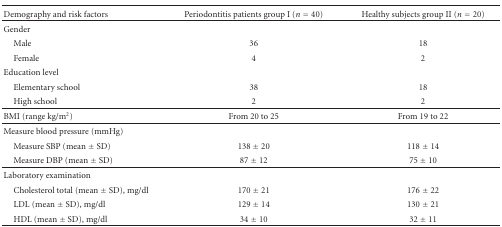
| Demography and risk factors | Periodontitis patients group I (n = 40) | Healthy subjects group II (n = 20) |
 | --- | --- | --- |
 | Gender |  |  |
 | Male | 36 | 18 |
 | Female | 4 | 2 |
 | Education level |  |  |
 | Elementary school | 38 | 18 |
 | High school | 2 | 2 |
 | BMI (range kg/m2) | From 20 to 25 | From 19 to 22 |
 | Measure blood pressure (mmHg) |  |  |
 | Measure SBP (mean ± SD) | 138 ± 20 | 118 ± 14 |
 | Measure DBP (mean ± SD) | 87 ± 12 | 75 ± 10 |
 | Laboratory examination |  |  |
 | Cholesterol total (mean ± SD), mg/dl | 170 ± 21 | 176 ± 22 |
 | LDL (mean ± SD), mg/dl | 129 ± 14 | 130 ± 21 |
 | HDL (mean ± SD), mg/dl | 34 ± 10 | 32 ± 11 |